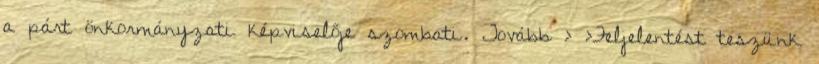
a párt önkormányzati képviselője szombati. Tovább › ›Feljelentést teszünk